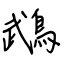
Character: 鵡